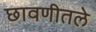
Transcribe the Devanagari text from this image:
छावणीतले